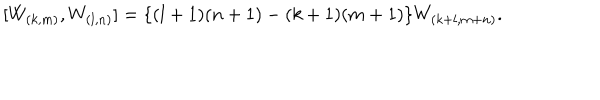
LaTeX: [ W _ { ( k , m ) } , W _ { ( l , n ) } ] = \{ ( l + 1 ) ( n + 1 ) - ( k + 1 ) ( m + 1 ) \} W _ { ( k + l , m + n ) } .